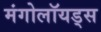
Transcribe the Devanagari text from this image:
मंगोलॉयड्स